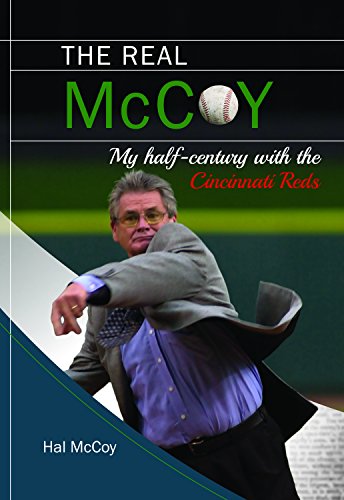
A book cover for The Real McCoy: My Half Century with the Cincinnati Reds; Hal McCoy; Biographies & Memoirs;